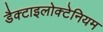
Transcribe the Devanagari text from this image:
डैक्टाइलोक्टेनियम